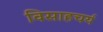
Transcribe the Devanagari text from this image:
विसाहचर्य